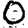
Digit: 0